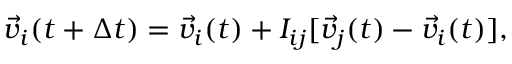
\vec { v } _ { i } ( t + \Delta t ) = \vec { v } _ { i } ( t ) + I _ { i j } [ \vec { v } _ { j } ( t ) - \vec { v } _ { i } ( t ) ] ,